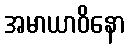
အမာယာဝိနော